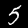
Label: 5